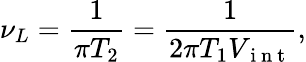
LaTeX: \nu_{L}=\frac{1}{\pi T_{2}}=\frac{1}{2\pi T_{1}V_{\mathrm{~i~n~t~}}},